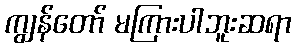
ကျွန်တော် မကြားပါဘူးဆရာ